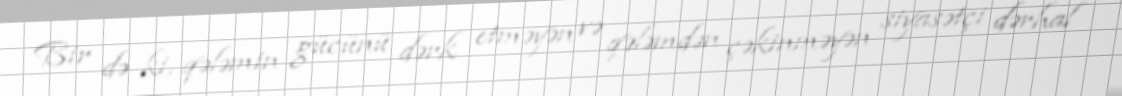
Bir də ki, qələmin gücünü dərk etməyən və qələmdən çəkinməyən siyasətçi dərhal